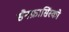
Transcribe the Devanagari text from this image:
सैनफ्रासिंस्को